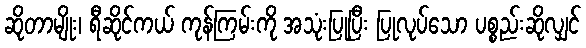
ဆိုတာမျိုး၊ ရီဆိုင်ကယ် ကုန်ကြမ်းကို အသုံးပြုပြီး ပြုလုပ်သော ပစ္စည်းဆိုလျှင်